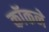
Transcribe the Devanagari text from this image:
कॉकने